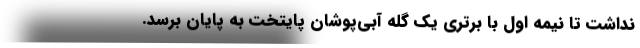
نداشت تا نیمه اول با برتری یک گله آبی‌پوشان پایتخت به پایان برسد.